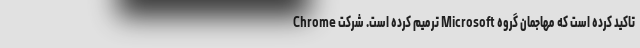
Chrome ترمیم کرده است. شرکت Microsoft تاکید کرده است که مهاجمان گروه